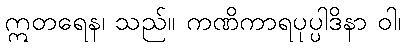
ဣတရေန၊ သည်။ ကဏိကာရပုပ္ပါဒိနာ ဝါ၊